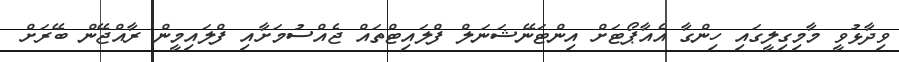
ވިދާޅުވީ މާމިގިލީގައި ހިންގާ އެއާޕޯޓަށް އިންޓަނޭޝަނަލް ފްލައިޓްތައް ޖެއްސުމަށާއި ފްލައިމީން ރާއްޖޭން ބޭރަށް